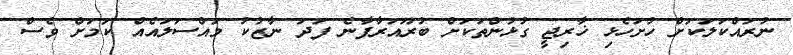
ނުރައްކަލަކަށް ހުށަހެޅި ޚާރިޖީ ގުޅުންތަކަށް ބުރޫއަރާފާނެ ފަދަ ނާޒުކު މައްސަލައެއް ކަމަށް ވެސް